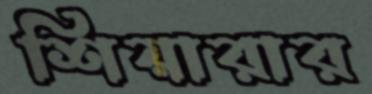
শিয়ারার